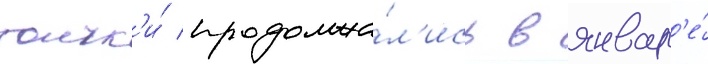
толчк'и́ продолжа́л'ись в январ'е́